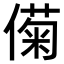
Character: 𫣟